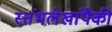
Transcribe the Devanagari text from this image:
स्तंभलेखांपैकी